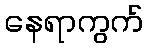
နေရာကွက်